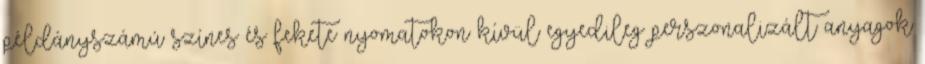
példányszámú színes és fekete nyomatokon kívül egyedileg perszonalizált anyagok